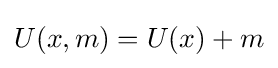
U(x,m)=U(x)+m